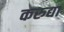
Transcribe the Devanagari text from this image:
करुद्या